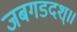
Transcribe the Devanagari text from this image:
जबगडदश्॥